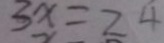
3 x = 2 4